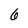
Character: 6